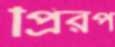
প্রিরপ